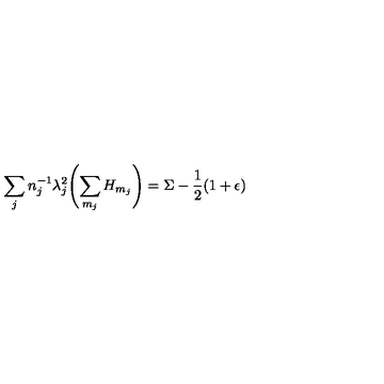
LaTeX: \sum _ { j } n _ { j } ^ { - 1 } \lambda _ { j } ^ { 2 } \Biggl ( \sum _ { m _ { j } } H _ { m _ { j } } \Biggr ) = \Sigma - \frac { 1 } { 2 } ( 1 + \epsilon )